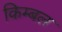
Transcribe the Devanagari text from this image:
किम्बल